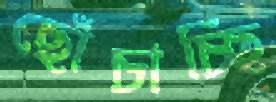
ছোঁচাচ্ছি